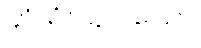
ဆုံးရှုံးသွားသော